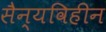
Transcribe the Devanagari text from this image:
सैन्यविहीन